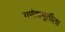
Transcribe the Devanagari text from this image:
गणेशमूर्तीला